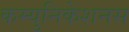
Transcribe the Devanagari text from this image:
कम्युनिकेशनस